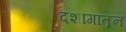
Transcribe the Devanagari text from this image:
दशांगांतून